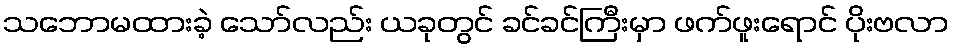
သဘောမထားခဲ့ သော်လည်း ယခုတွင် ခင်ခင်ကြီးမှာ ဖက်ဖူးရောင် ပိုးဗလာ